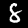
Digit: 8